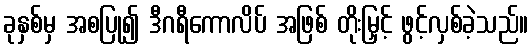
ခုနှစ်မှ အစပြု၍ ဒီဂရီကောလိပ် အဖြစ် တိုးမြှင့် ဖွင့်လှစ်ခဲ့သည်။